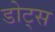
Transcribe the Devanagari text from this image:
डोट्स